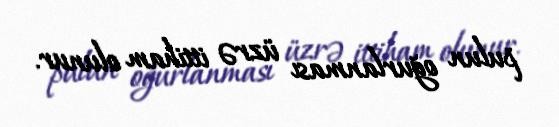
pulun oğurlanması üzrə ittiham olunur.